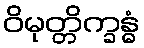
ဝိမုတ္တိက္ခန္ဓံ